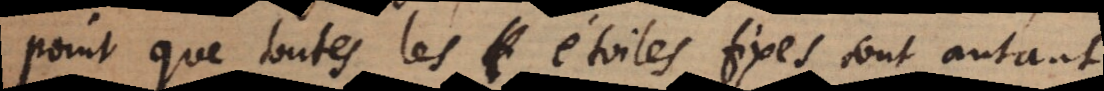
point que toutes les étoiles fixes sont autant